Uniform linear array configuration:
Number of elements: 32
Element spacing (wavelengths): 0.75
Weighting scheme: cosine
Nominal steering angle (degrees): -60
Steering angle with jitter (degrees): -58.148
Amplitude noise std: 0.05
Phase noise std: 0.05

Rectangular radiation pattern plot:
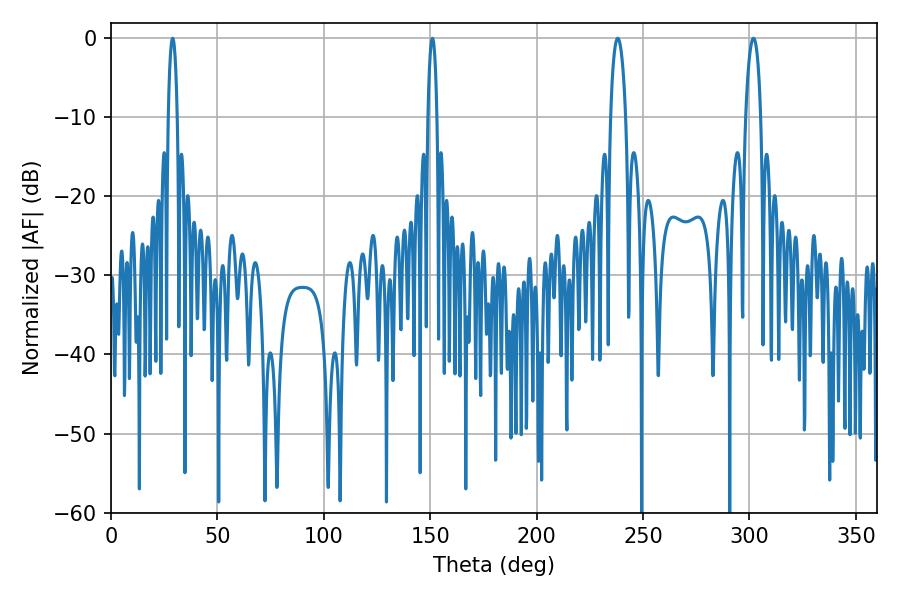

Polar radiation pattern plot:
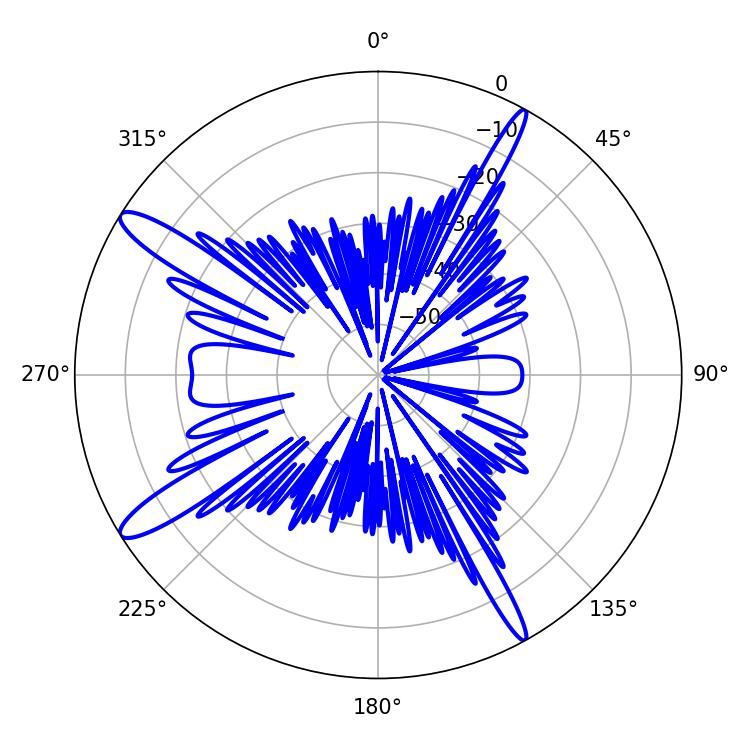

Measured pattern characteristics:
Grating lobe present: TRUE
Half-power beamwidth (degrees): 2.34
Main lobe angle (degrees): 28.98